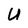
Character: U